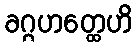
ခဂ္ဂဟတ္ထေဟိ